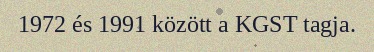
1972 és 1991 között a KGST tagja.